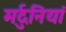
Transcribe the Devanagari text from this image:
मर्दुनियां